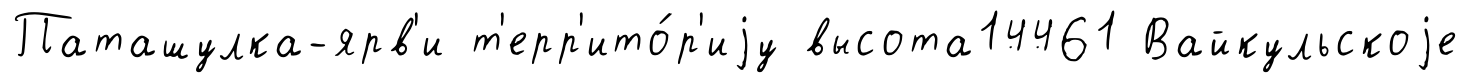
Паташулка-ярв'и т'ерр'ито́р'иjу высота14461 Вайкульскоjе